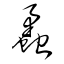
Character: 蝥